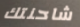
شاحنتك